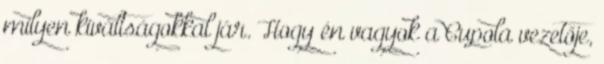
milyen kiváltságokkal jár. Hogy én vagyok a Cupola vezetője,